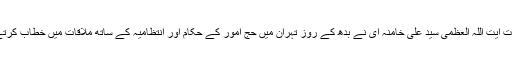
یہ بات حضرت آیت اللہ العظمی سید علی خامنہ ای نے بدھ کے روز تہران میں حج امور کے حکام اور انتظامیہ کے ساتھ ملاقات میں خطاب کرتے ہوئے کہی۔